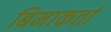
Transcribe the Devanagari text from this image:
बिमाकर्ता